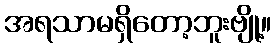
အရသာမရှိတော့ဘူးဗျို့။